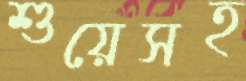
শুয়েসহ